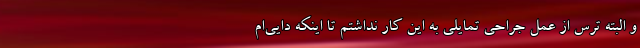
و البته ترس از عمل جراحی تمایلی به این کار نداشتم تا اینکه دایی‌ام